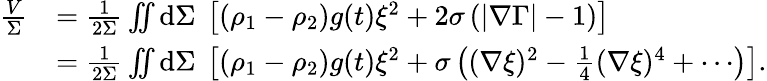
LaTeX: \begin{array}{rl}{\frac{V}{\Sigma}}&{=\frac{1}{2\Sigma}\iint\mathrm{d}\Sigma~\left[\left(\rho_{1}-\rho_{2}\right)g(t)\xi^{2}+2\sigma\left(|\nabla\Gamma|-1\right)\right]}\\ &{=\frac{1}{2\Sigma}\iint\mathrm{d}\Sigma~\left[\left(\rho_{1}-\rho_{2}\right)g(t)\xi^{2}+\sigma\left((\nabla\xi)^{2}-\frac{1}{4}(\nabla\xi)^{4}+\cdots\right)\right].}\end{array}